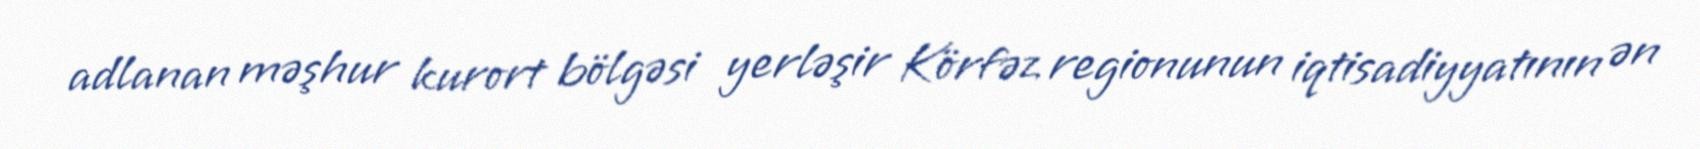
adlanan məşhur kurort bölgəsi yerləşir Körfəz regionunun iqtisadiyyatının ən